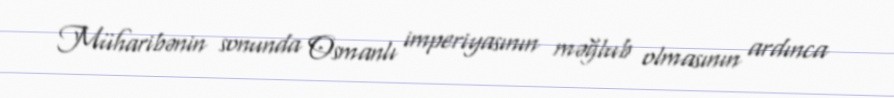
Müharibənin sonunda Osmanlı imperiyasının məğlub olmasının ardınca